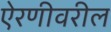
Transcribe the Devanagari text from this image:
ऐरणीवरील